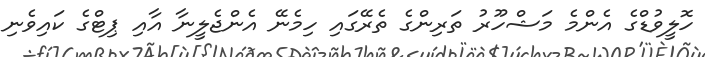
ހޮލީވުޑްގެ އެންމެ މަޝްހޫރު ތަރިންގެ ތެރޭގައި ހިމެނޭ އެންޖެލީނާ އާއި ޕިޓްގެ ކައިވެނި